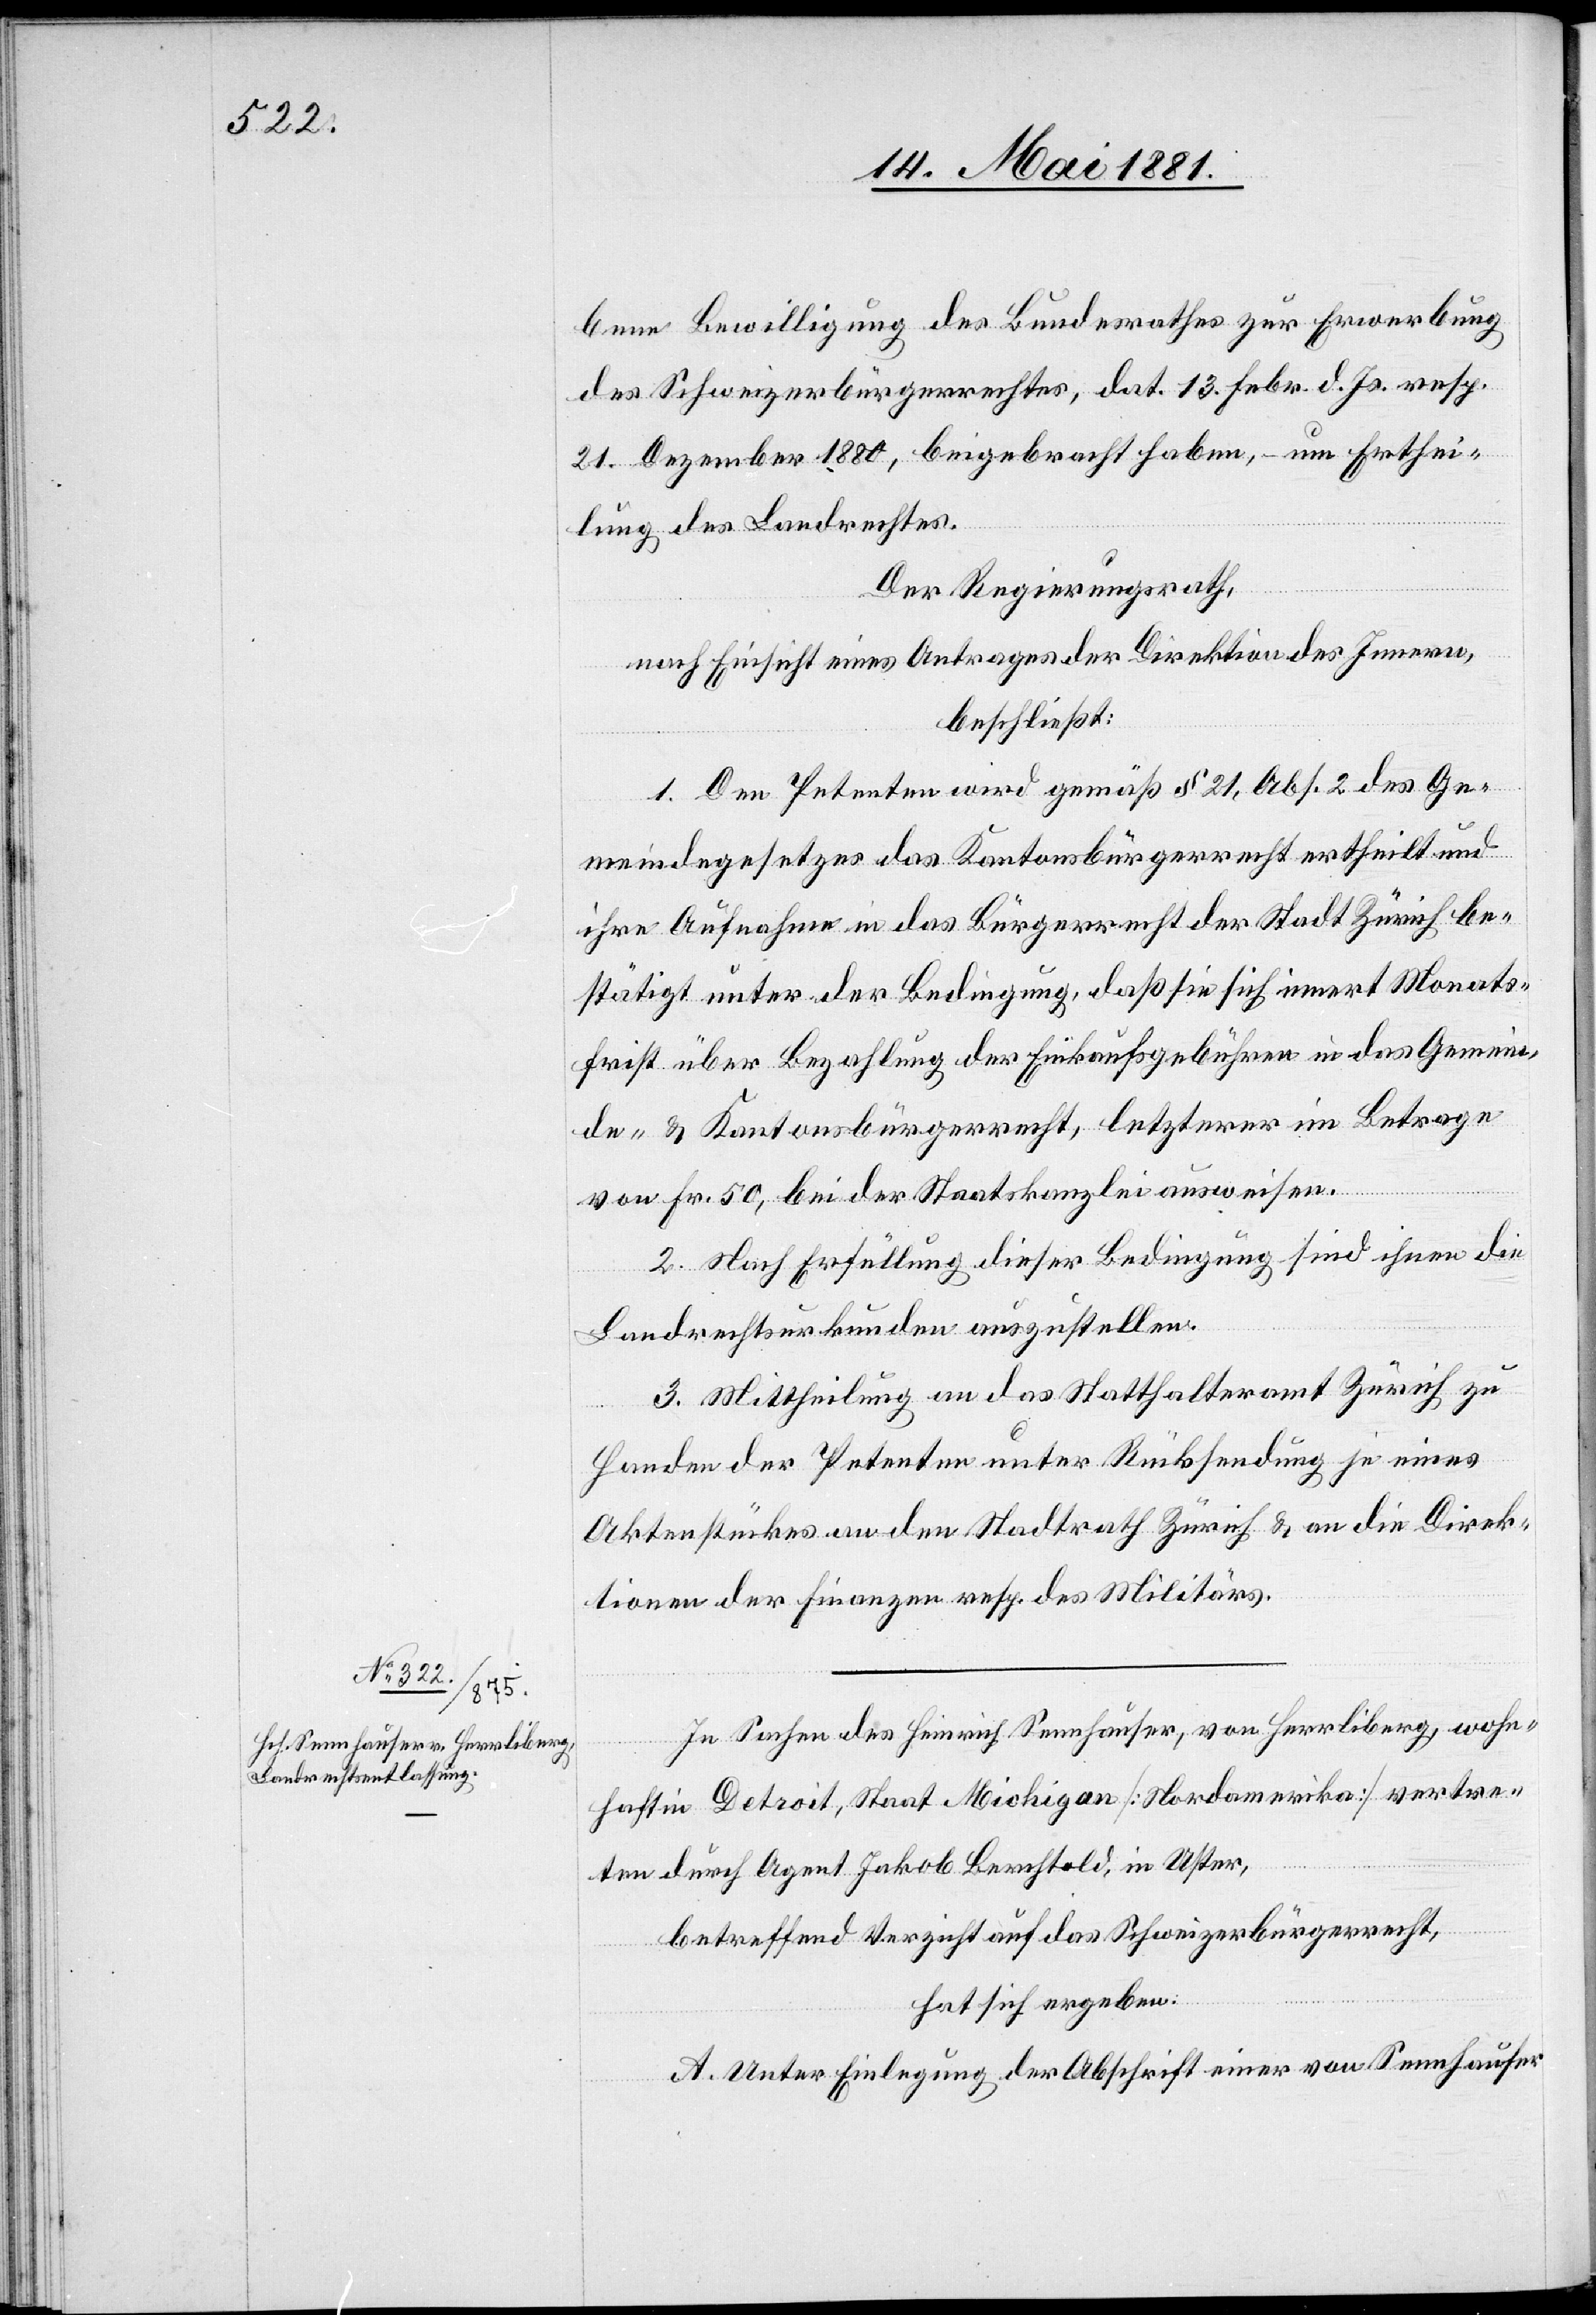
bene Bewilligung des Bundesrathes zur Erwerbung
des Schweizerbürgerrechtes, dat. 13. Febr. d. Js. resp.
21. Dezember 1880, beigebracht haben, – um Erthei¬
lung des Landrechts.
Der Regierungsrath,
nach Einsicht eines Antrages der Direktion des Innern,
beschließt:
1. Den Petenten wird gemäß § 21, Abs. 2 des Ge¬
meindegesetzes das Kantonsbürgerrecht ertheilt und
ihre Aufnahme in das Bürgerrecht der Stadt Zürich be¬
stätigt unter der Bedingung, daß sie sich innert Monats¬
frist über Bezahlung der Einkaufsgebühren in das Gemein¬
de- & Kantonsbürgerrecht, letzterer im Betrage
von Fr. 50, bei der Staatskanzlei ausweisen.
2. Nach Erfüllung dieser Bedingung sind ihnen die
Landrechtsurkunden auszustellen.
3. Mittheilung an das Statthalteramt Zürich zu
Handen des Petenten unter Rücksendung je eines
Aktenstückes an den Stadtrath Zürich & an die Direk¬
tion der Finanzen resp. des Militärs.
In Sachen des Heinrich Sennhauser, von Herrliberg, wohn¬
haft in Detroit, Staat Michigan [Nordamerika] vertre¬
ten durch Agent Jakob Berchtold, in Uster,
betreffend Verzicht auf das Schweizerbürgerrecht,
hat sich ergeben:
A. Unter Einlegung der Abschrift einer von Sennhauser